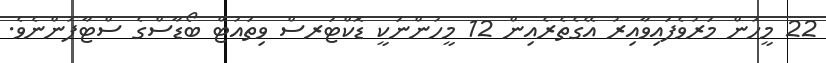
22 މީހުން މަރުވެފައިވާއިރު އޭގެތެރެއިން 12 މީހުންނަކީ ޑޮކްޓަރސް ވިތައުޓް ބޯޑާސްގެ ސްޓާފުންނެވެ.